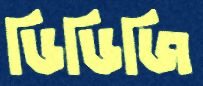
ডিডিজি